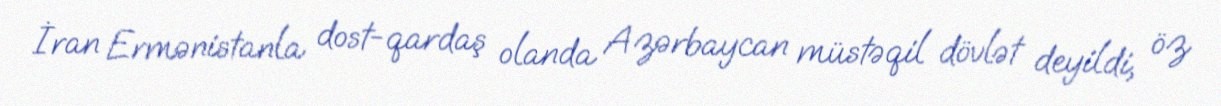
İran Ermənistanla dost-qardaş olanda Azərbaycan müstəqil dövlət deyildi, öz